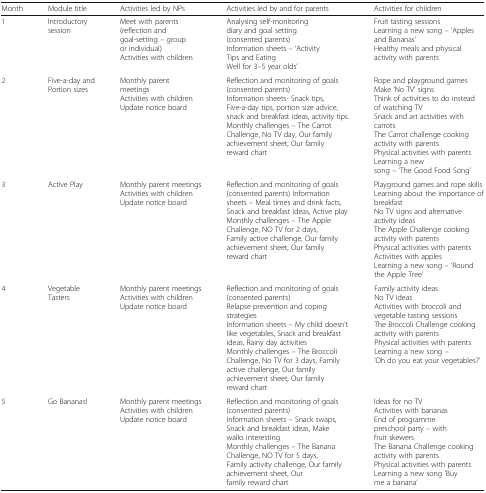
| Month | Module title | Activities led by NPs | Activities led by and for parents | Activities for children |
 | --- | --- | --- | --- | --- |
 | 1 | Introductory session | Meet with parents (reflection and goal-setting – group or individual)Activities with children | Analysing self-monitoring diary and goal setting (consented parents)Information sheets – ‘Activity Tips and Eating Well for 3–5 year olds’ | Fruit tasting sessionsLearning a new song – ‘Apples and Bananas’Healthy meals and physical activity with parents |
 | 2 | Five-a-day and Portion sizes | Monthly parent meetingsActivities with childrenUpdate notice board | Reflection and monitoring of goals (consented parents)Information sheets- Snack tips, Five-a-day tips, portion size advice, snack and breakfast ideas, activity tips.Monthly challenges – The Carrot Challenge, No TV day, Our family achievement sheet, Our family reward chart | Rope and playground gamesMake ‘No TV’ signsThink of activities to do instead of watching TVSnack and art activities with carrotsThe Carrot challenge cooking activity with parentsPhysical activities with parentsLearning a new song – ‘The Good Food Song’ |
 | 3 | Active Play | Monthly parent meetingsActivities with childrenUpdate notice board | Reflection and monitoring of goals (consented parents) Information sheets – Meal times and drink facts, Snack and breakfast ideas, Active playMonthly challenges – The Apple Challenge, NO TV for 2 days, Family active challenge, Our family achievement sheet, Our family reward chart | Playground games and rope skillsLearning about the importance of breakfastNo TV signs and alternative activity ideasThe Apple Challenge cooking activity with parentsPhysical activities with parentsActivities with applesLearning a new song – ‘Round the Apple Tree’ |
 | 4 | Vegetable Tasters | Monthly parent meetingsActivities with childrenUpdate notice board | Reflection and monitoring of goals (consented parents)Relapse prevention and coping strategiesInformation sheets – My child doesn’t like vegetables, Snack and breakfast ideas, Rainy day activitiesMonthly challenges – The Broccoli Challenge, No TV for 3 days, Family active challenge, Our family achievement sheet, Our family reward chart | Family activity ideasNo TV ideasActivities with broccoli and vegetable tasting sessionsThe Broccoli Challenge cooking activity with parentsPhysical activities with parentsLearning a new song – ‘Oh do you eat your vegetables?’ |
 | 5 | Go Bananas! | Monthly parent meetingsActivities with childrenUpdate notice board | Reflection and monitoring of goals (consented parents)Information sheets – Snack swaps, Snack and breakfast ideas, Make walks interestingMonthly challenges – The Banana Challenge, NO TV for 5 days, Family activity challenge, Our family achievement sheet, Our family reward chart | Ideas for no TVActivities with bananasEnd of programme preschool party – with fruit skewersThe Banana Challenge cooking activity with parentsPhysical activities with parentsLearning a new song ‘Buy me a banana’ |